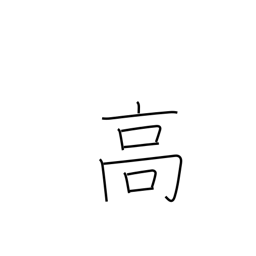
Meaning: tall